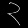
Digit: ၃